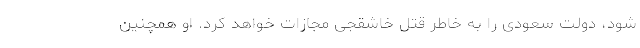
شود، دولت سعودی را به خاطر قتل خاشقجی مجازات خواهد کرد. او همچنین